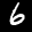
Label: 6